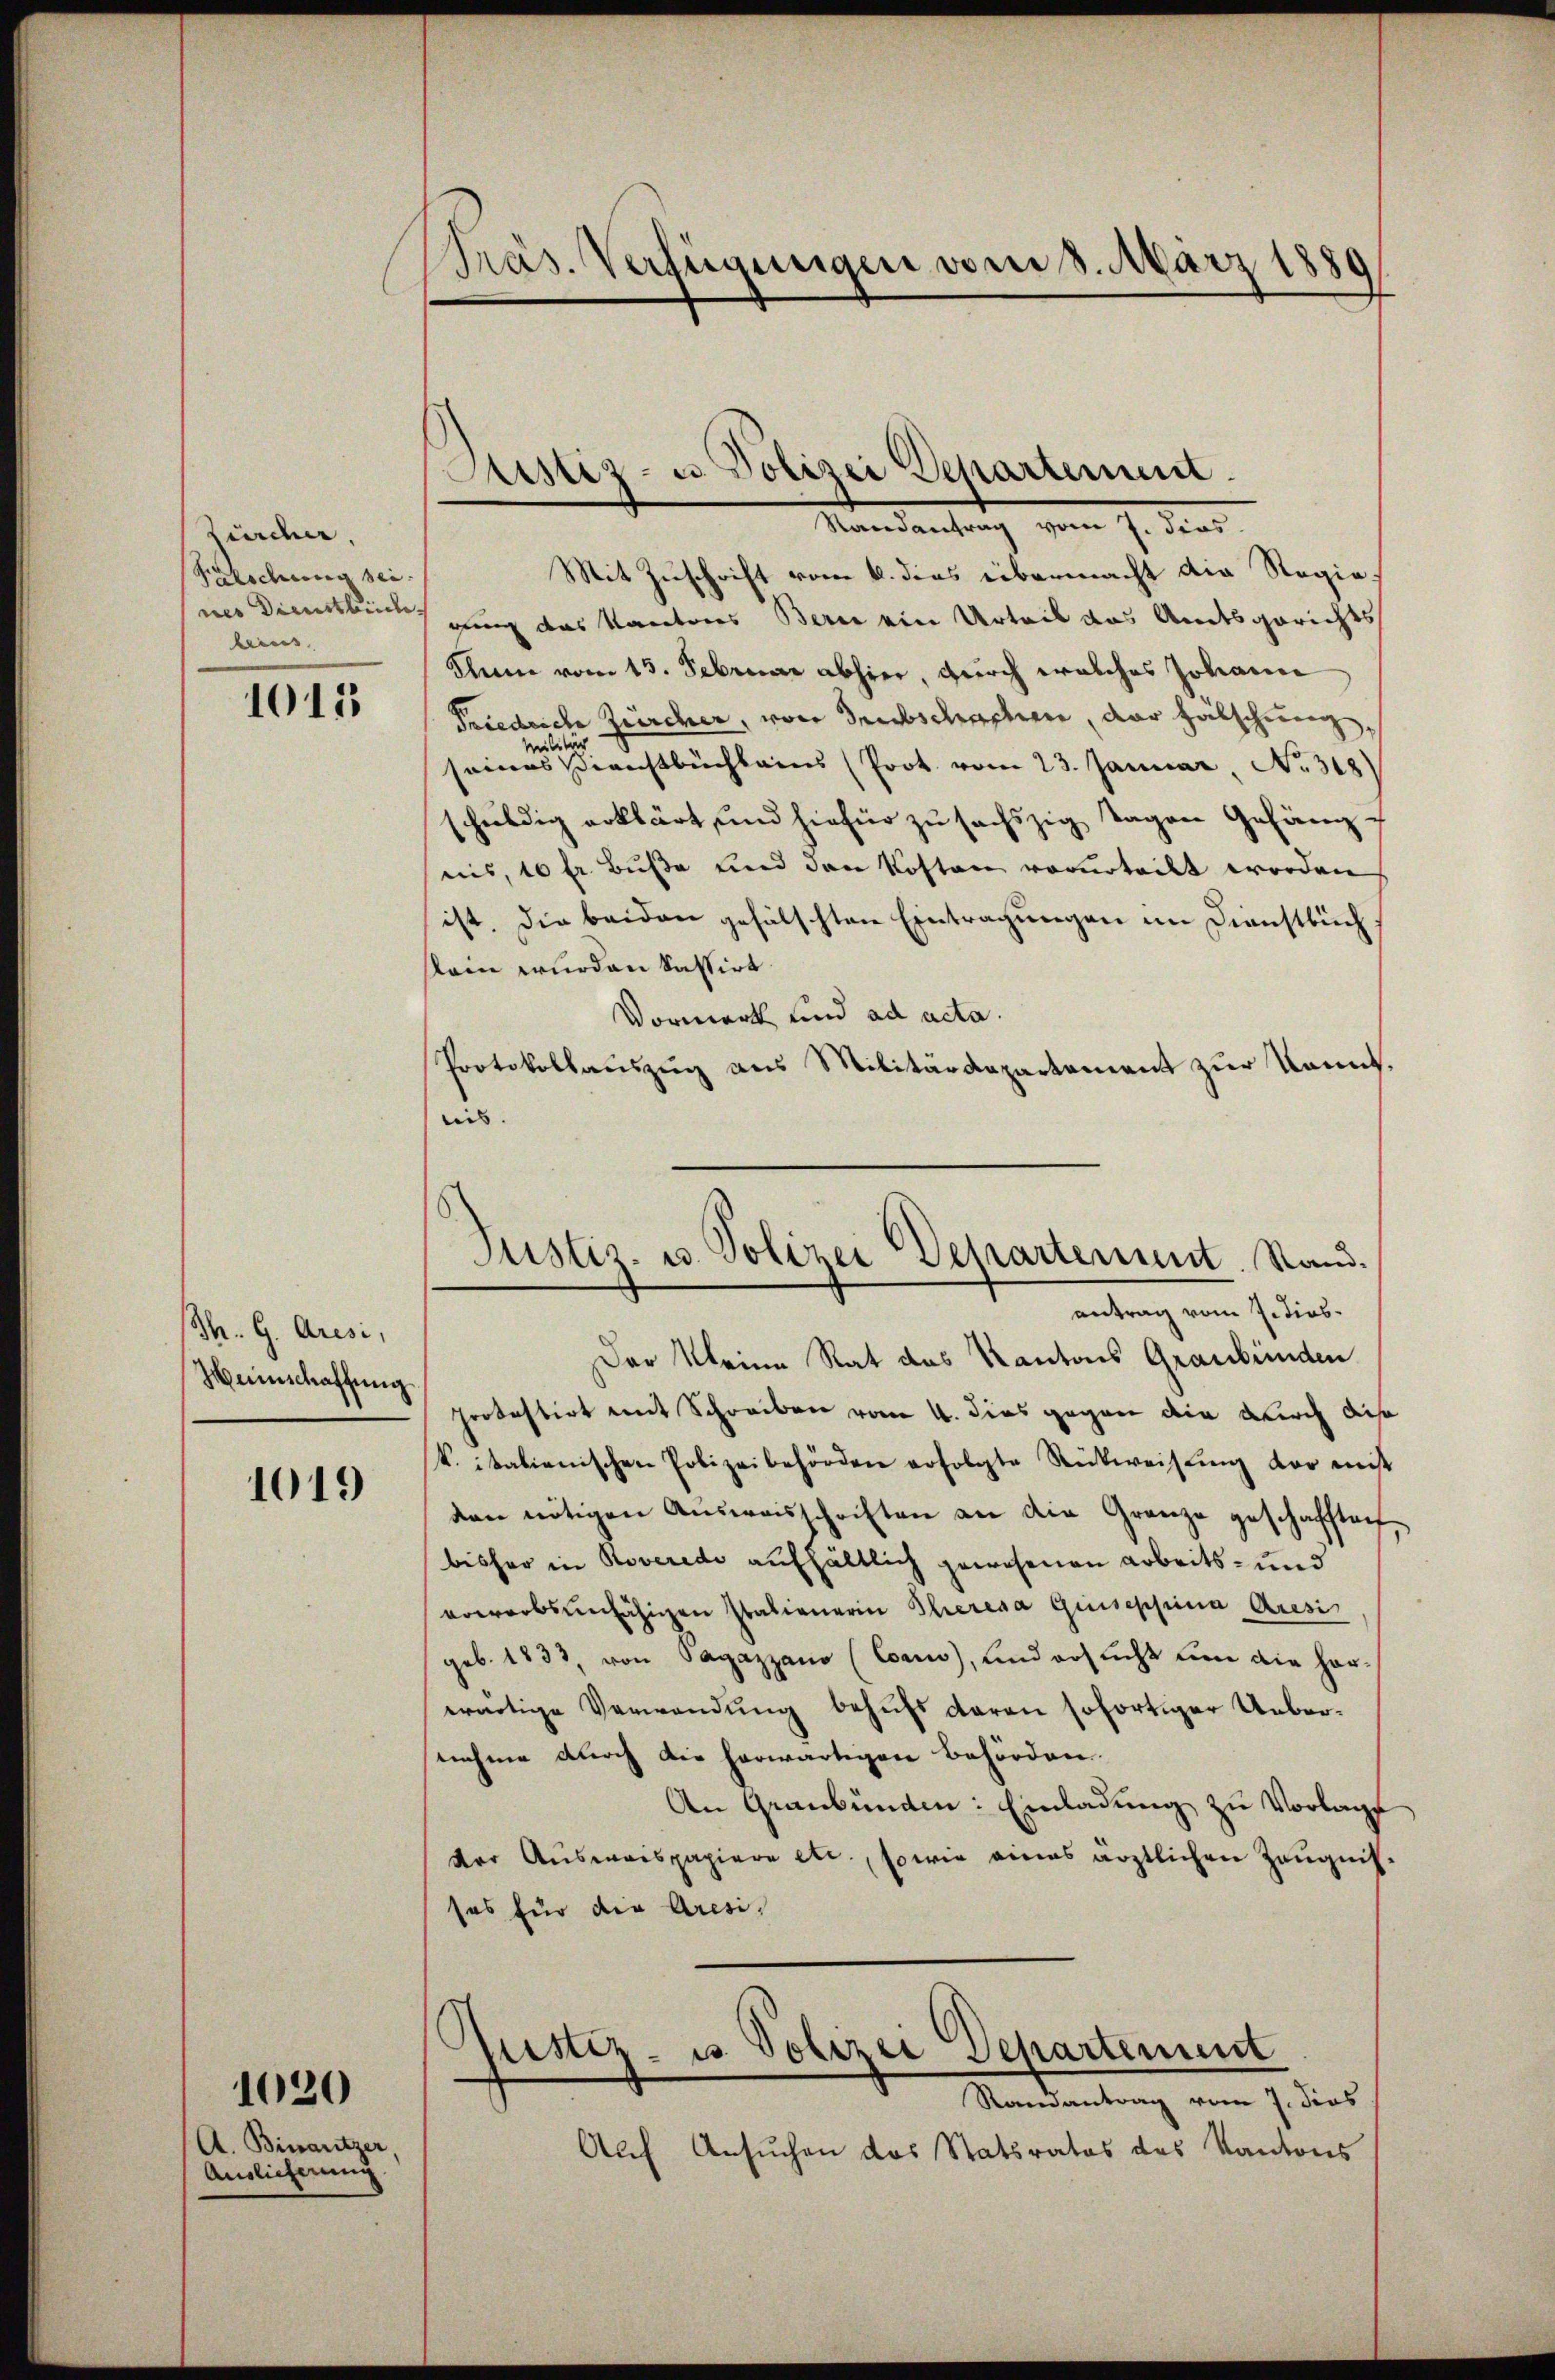
Zürcher.
Kelschung sei
nes Dienstbuch.
beins

1015

Th. G. Aresi,
Zeinschaffung

1019

A. Binaritzer
Auslieferung

1020

Präs. Verfügungen vom 8. März 188

Sistiz- u. Polizei Departement

Mandantrag vom 7. die
Mit Zuschrift vom 6. dies übermacht die Regiegung des Kantons Bern ein Urteil das Andesgerichts
Keine vom 13. Februar abhier, durch welches Johann
Friedrich Zürcher, von Grabschachen, der Hälschauung,
Militär
seines Direchtbuchkains (Prot. vom 23. Januar No. 318)
schuldig erklärt und hiefür zu sechszig Tagen Gefängnis, 10 fr. Buße und den Kosten vorurteilt worden
ist. Die beiden gefälschten Eintragungen im Dienstbuch
klein wurden kassirt
Vormerk und ad acta.
Protokollauszug aus Militärdepartement zur Kennt.
nis.
Justiz- u. Polizei Departement. Stand.
antrag vom 7. dies
Der keine Rat des Kantons Graubünden
portestirt mit Schreiben vom 4. dies gegen die durch dis
k. italienischen Polizeibehörden erfolgte Rückweisung der mit
den nötigen Ausweisschriften an die Granze geschafften,
bisher in Roverede aufhältlich gewesenen Arbeits- und
vowerbsunfähigen Italienerin Theresa Giusephina Aresi
geb. 1833, von Sagazzano (Coar), und ersucht eine die harwärtige Verwendung behufs daran sofortiger Uebernahme durch die herwärtigen Behörden.
An Graubünden: Einladung zu Vorlage
der Ausweispapiere etc., sowie eines ärztlichen Zeugnis-
sos für die Aresi-

Auf Ansuchen das Statsrates des Kantons

e
Justiz- u. Polizei Departement
Randantrag vom 7. dies